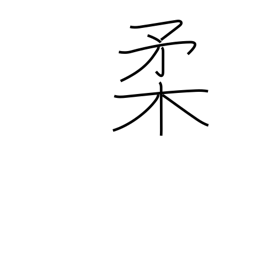
Meaning: tender